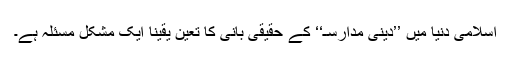
اسلامی دنیا میں ’’دینی مدارسـ‘‘ کے حقیقی بانی کا تعین یقینا ایک مشکل مسئلہ ہے۔